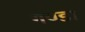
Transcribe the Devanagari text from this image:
गण्डा